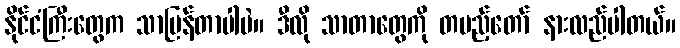
နိုင်ငံကြီးတွေက သာပြန်တာပါပဲ။ ဒီလို သာတာတွေကို တပည့်တော် နားလည်ပါတယ်။